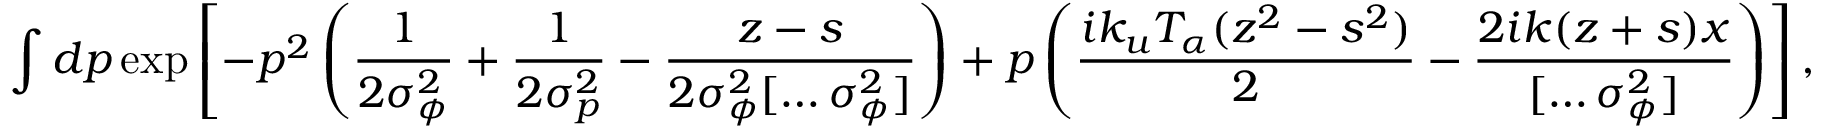
\int d p \exp \left[ - p ^ { 2 } \left( \frac { 1 } { 2 \sigma _ { \phi } ^ { 2 } } + \frac { 1 } { 2 \sigma _ { p } ^ { 2 } } - \frac { z - s } { 2 \sigma _ { \phi } ^ { 2 } [ \hdots \sigma _ { \phi } ^ { 2 } ] } \right) + p \left( \frac { i k _ { u } T _ { \alpha } ( z ^ { 2 } - s ^ { 2 } ) } { 2 } - \frac { 2 i k ( z + s ) x } { [ \hdots \sigma _ { \phi } ^ { 2 } ] } \right) \right] ,